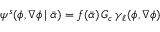
\psi ^ { s } ( \phi , \nabla \phi \, | \: \bar { \alpha } ) = f ( \bar { \alpha } ) \, G _ { c } \, { \gamma } _ { \ell } ( \phi , \nabla \phi )